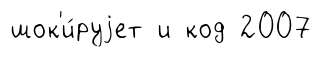
шок'и́руjет и код 2007